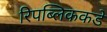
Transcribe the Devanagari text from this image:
रिपब्लिककडे